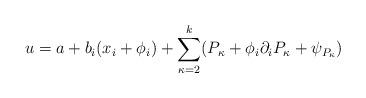
LaTeX: \begin{align*}u=a + b_i (x_i+\phi_i) +\sum_{\kappa=2}^k (P_\kappa+\phi_i \partial_iP_\kappa+\psi_{P_\kappa})\end{align*}